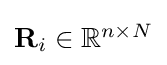
{\textstyle \mathbf {R} _{i}\in \mathbb {R} ^{n\times N}}